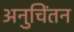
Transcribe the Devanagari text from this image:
अनुचिंतन